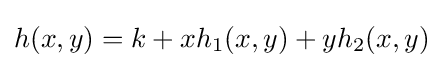
h(x,y)=k+xh_{1}(x,y)+yh_{2}(x,y)